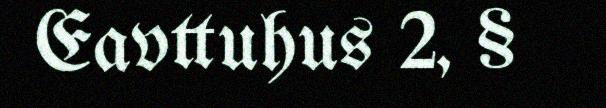
Eavttuhus 2, §